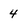
Character: 4